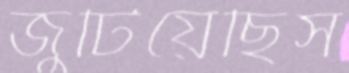
জুটিয়েছিস